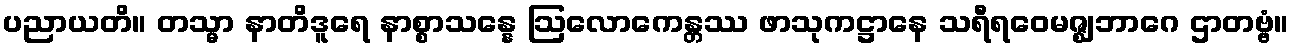
ပညာယတိ။ တသ္မာ နာတိဒူရေ နာစ္စာသန္နေ ဩလောကေန္တဿ ဖာသုကဋ္ဌာနေ သရီရဝေမဇ္ဈဘာဂေ ဌာတဗ္ဗံ။